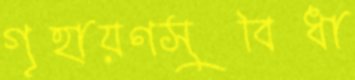
গৃহায়ণসুবিধা